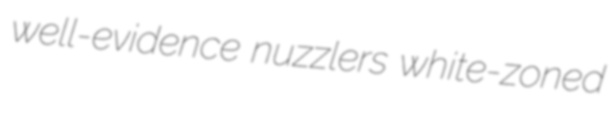
well-evidence nuzzlers white-zoned